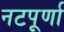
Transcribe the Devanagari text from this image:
नटपूर्णा